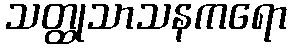
သတ္ထုသာသနကရော